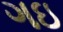
ગઇ